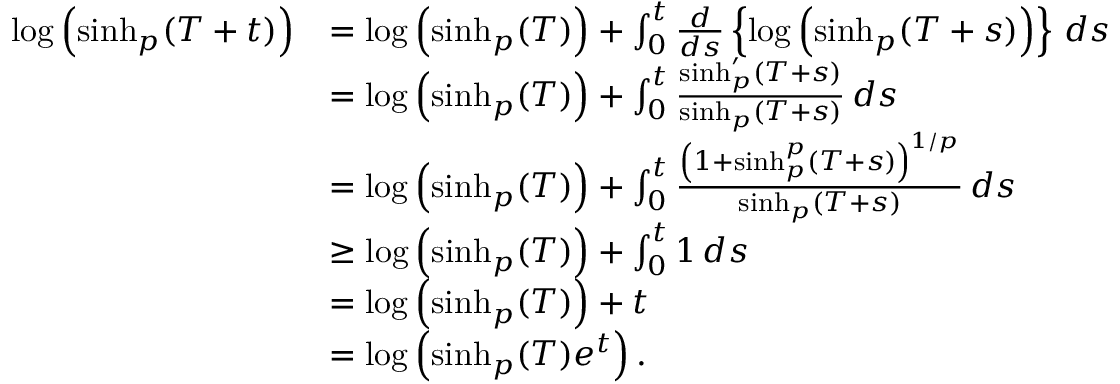
\begin{array} { r l } { \log \left( \sinh _ { p } ( T + t ) \right) } & { = \log \left( \sinh _ { p } ( T ) \right) + \int _ { 0 } ^ { t } \frac { d } { d s } \left\{ \log \left( \sinh _ { p } ( T + s ) \right) \right\} \, d s } \\ & { = \log \left( \sinh _ { p } ( T ) \right) + \int _ { 0 } ^ { t } \frac { \sinh _ { p } ^ { \prime } ( T + s ) } { \sinh _ { p } ( T + s ) } \, d s } \\ & { = \log \left( \sinh _ { p } ( T ) \right) + \int _ { 0 } ^ { t } \frac { \left( 1 + \sinh _ { p } ^ { p } ( T + s ) \right) ^ { 1 / p } } { \sinh _ { p } ( T + s ) } \, d s } \\ & { \geq \log \left( \sinh _ { p } ( T ) \right) + \int _ { 0 } ^ { t } 1 \, d s } \\ & { = \log \left( \sinh _ { p } ( T ) \right) + t } \\ & { = \log \left( \sinh _ { p } ( T ) e ^ { t } \right) . } \end{array}